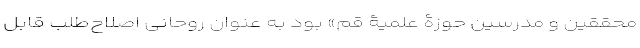
محققین و مدرسین حوزۀ علمیۀ قم» بود به عنوان روحانی اصلاح‌طلب قابل